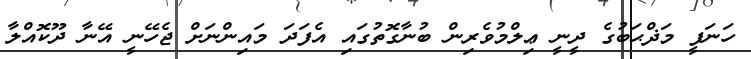
ހަނަފީ މަޛްޙަބުގެ ދީނީ ޢިލްމުވެރިން ބުނާގޮތުގައި އެފަދަ މައިންނަށް ޖެހޭނީ އޭނާ ދޫކޮއްލާ